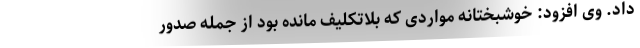
داد. وی افزود: خوشبختانه مواردی که بلاتکلیف مانده بود از جمله صدور